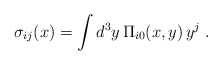
\begin{align*}\sigma_{ij}(x) = \int d^3y \, \Pi_{i0}(x,y)\,y^j \; .\end{align*}